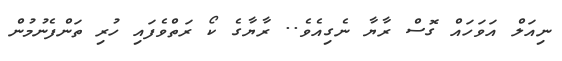
ނިއަލް އަވަހައް ގޮސް ރާޔާ ނެގިއެވެ.. ރާޔާގެ ކޯ ރަތްވެފައި ހުރި ތަންފެނުމުން